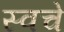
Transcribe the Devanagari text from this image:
स्वचे